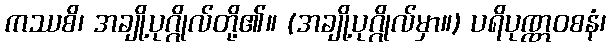
ကဿစိ၊ အချို့ပုဂ္ဂိုလ်တို့၏။ (အချို့ပုဂ္ဂိုလ်မှာ။) ပရိပုဏ္ဏဝစနံ၊